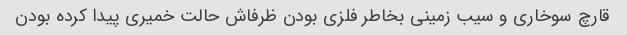
قارچ سوخاری و سیب زمینی بخاطر فلزی بودن ظرفاش حالت خمیری پیدا کرده بودن